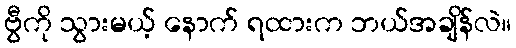
ဗွီကို သွားမယ့် နောက် ရထားက ဘယ်အချိန်လဲ။